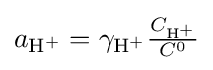
a_{\mathrm {H^{+}} }=\gamma _{\mathrm {H^{+}} }{\tfrac {C_{\mathrm {H^{+}} }}{C^{0}}}